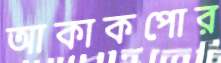
আকাকপোর